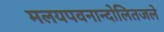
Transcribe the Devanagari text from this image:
मलयपवनान्दोलितजले